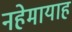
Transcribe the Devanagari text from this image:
नहेमायाह